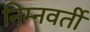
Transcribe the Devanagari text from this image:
निम्नवर्ती